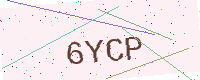
Text: 6YCP